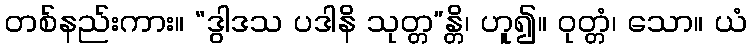
တစ်နည်းကား။ “ဒွါဒသ ပဒါနိ သုတ္တ”န္တိ၊ ဟူ၍။ ဝုတ္တံ၊ သော။ ယံ